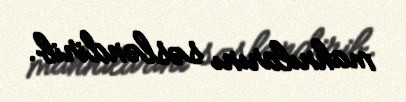
mahnılarını səsləndirib.